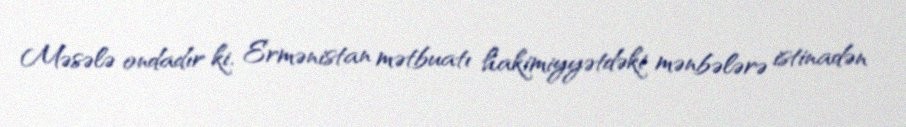
Məsələ ondadır ki, Ermənistan mətbuatı hakimiyyətdəki mənbələrə istinadən